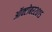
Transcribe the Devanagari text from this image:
ऑक्टोबर२०१५